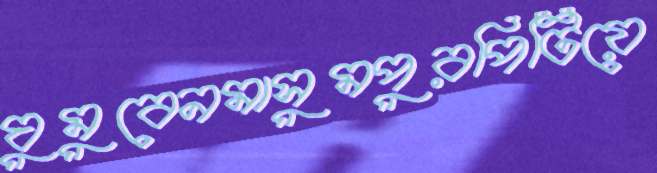
ঘুমুবেনমাসুমপুরপিটিয়ে